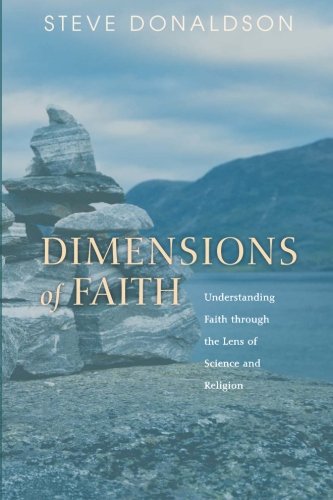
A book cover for Dimensions of Faith: Understanding Faith through the Lens of Science and Religion; Steve Donaldson; Christian Books & Bibles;